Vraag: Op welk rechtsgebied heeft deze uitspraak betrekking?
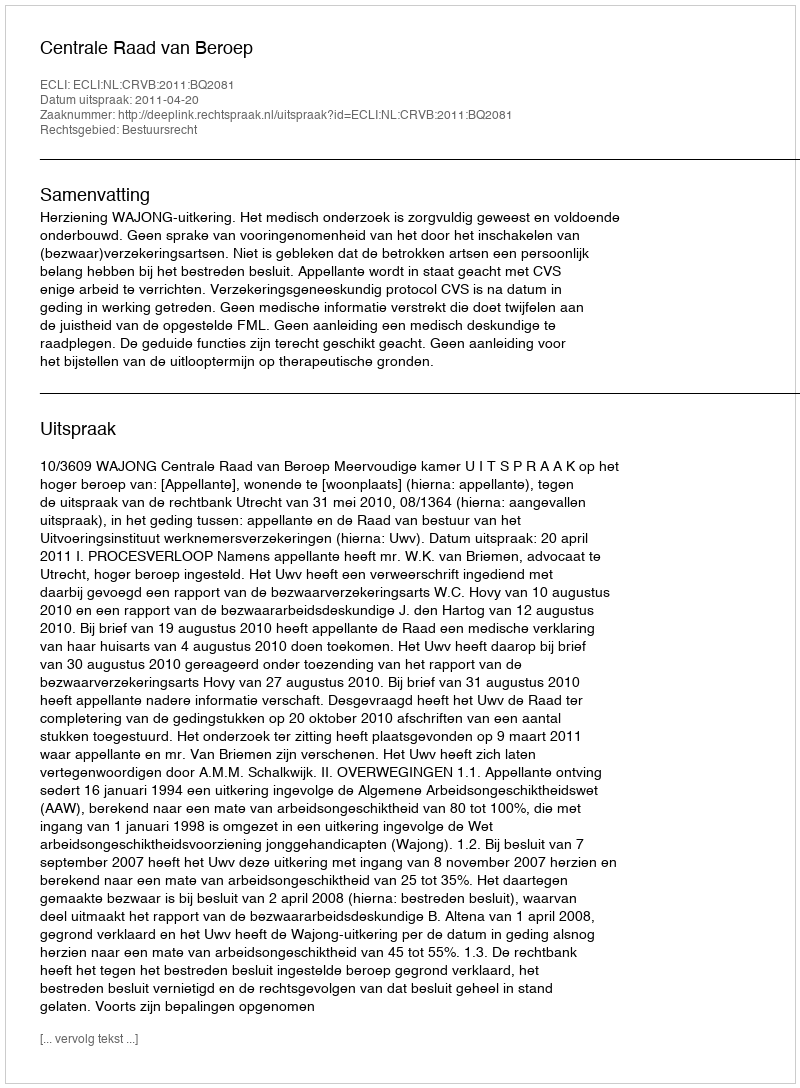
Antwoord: Bestuursrecht